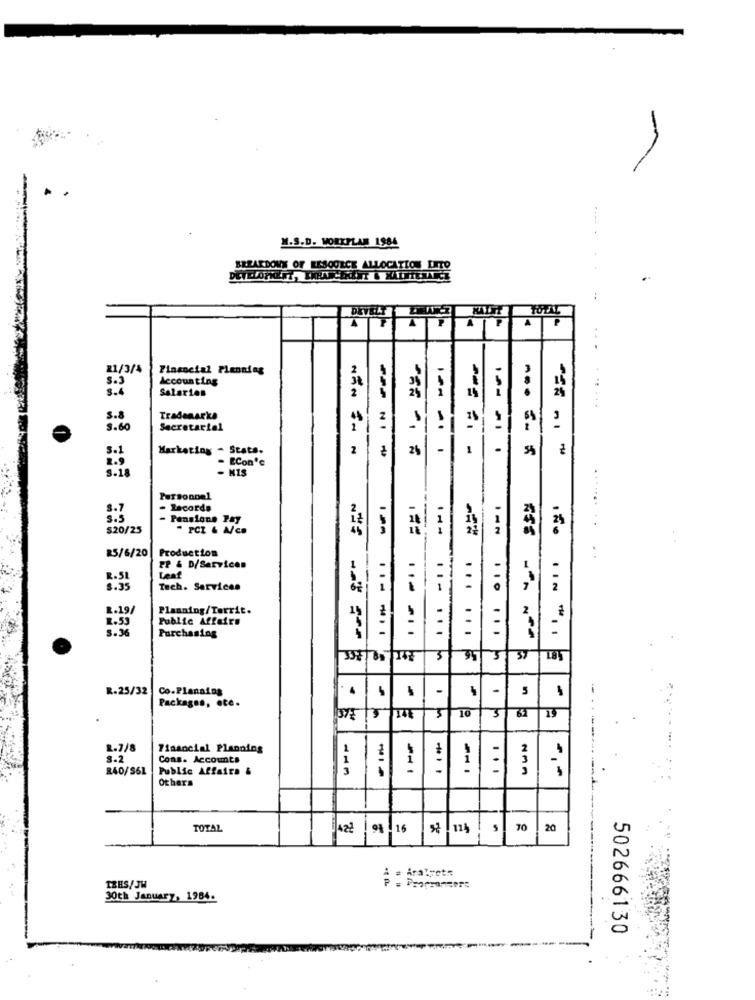
M.S.D. WORKPLAN 1984
BREAKDOWN OF RESOURCE ALLOCATION DETO
A
F
21/3/4
Financial Planning
S.3
Accounting
Salaries
2
3.4
S.8
Trademarke
3.60
Secretarial
5.1
Marketing - Stats.
2
*== = =
-
- ECon'e
-=- 1 -
2.9
5.18
- KIS
--- -
. ..
Personnel
8.7
- Records
Pensione Pay
1
$20/25
PCI & A/c.
R5/6/20
Production
PP & D/Services
R.51
Leaf
8.35
Tech. Services
2.19/
Planning/Territ.
1
2
2.53
Public Affairs
3.36
Purchasing
... ... .
37 184
R.25/32
Co.Planning
-
5
Packages, etc.
-
-
3
10
3
I4E
R.7/8
Financial Planning
1
8-2
Cons. Accounts
1
i
i
R40/S6L
Public Affairs &
...
Others
-1-
TOTAL
3422 . 9% . 16
114
5
20
= Aralyet:
TRES/JH
30th January, 1984.
502666130